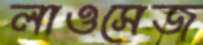
লাওসেজ